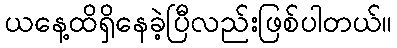
ယနေ့ထိရှိနေခဲ့ပြီလည်းဖြစ်ပါတယ်။